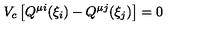
V _ { c } \left[ Q ^ { \mu i } ( \xi _ { i } ) - Q ^ { \mu j } ( \xi _ { j } ) \right] = 0